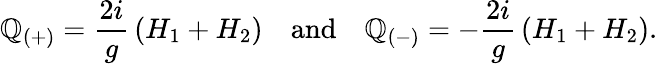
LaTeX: \mathbb{Q}_{(+)}={\frac{{2i}}{{g}}}\, (H_{1}+H_{2})\quad\mathrm{{and}}\quad\mathbb{Q}_{(-)}=-{\frac{{2i}}{{g}}}\, (H_{1}+H_{2}).